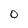
Character: O